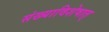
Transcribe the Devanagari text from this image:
संख्याविशेषात्